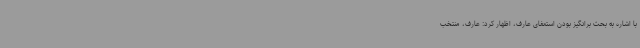
با اشاره به بحث برانگیز بودن استعفای عارف، اظهار کرد: عارف، منتخب